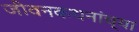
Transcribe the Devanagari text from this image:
जीवनकथनांच्या